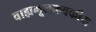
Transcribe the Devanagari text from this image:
वाह्यमूलकवकीय